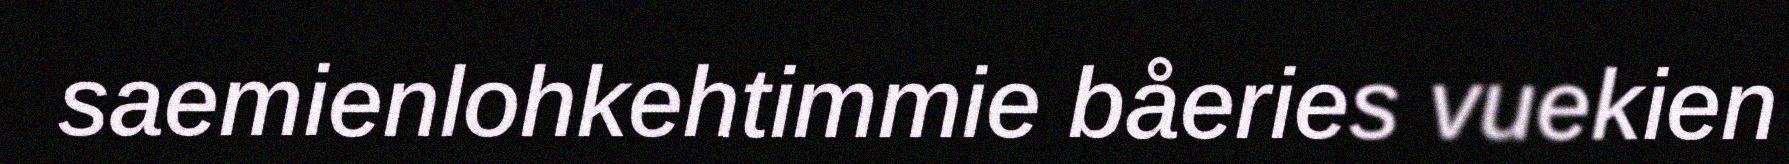
saemienlohkehtimmie båeries vuekien